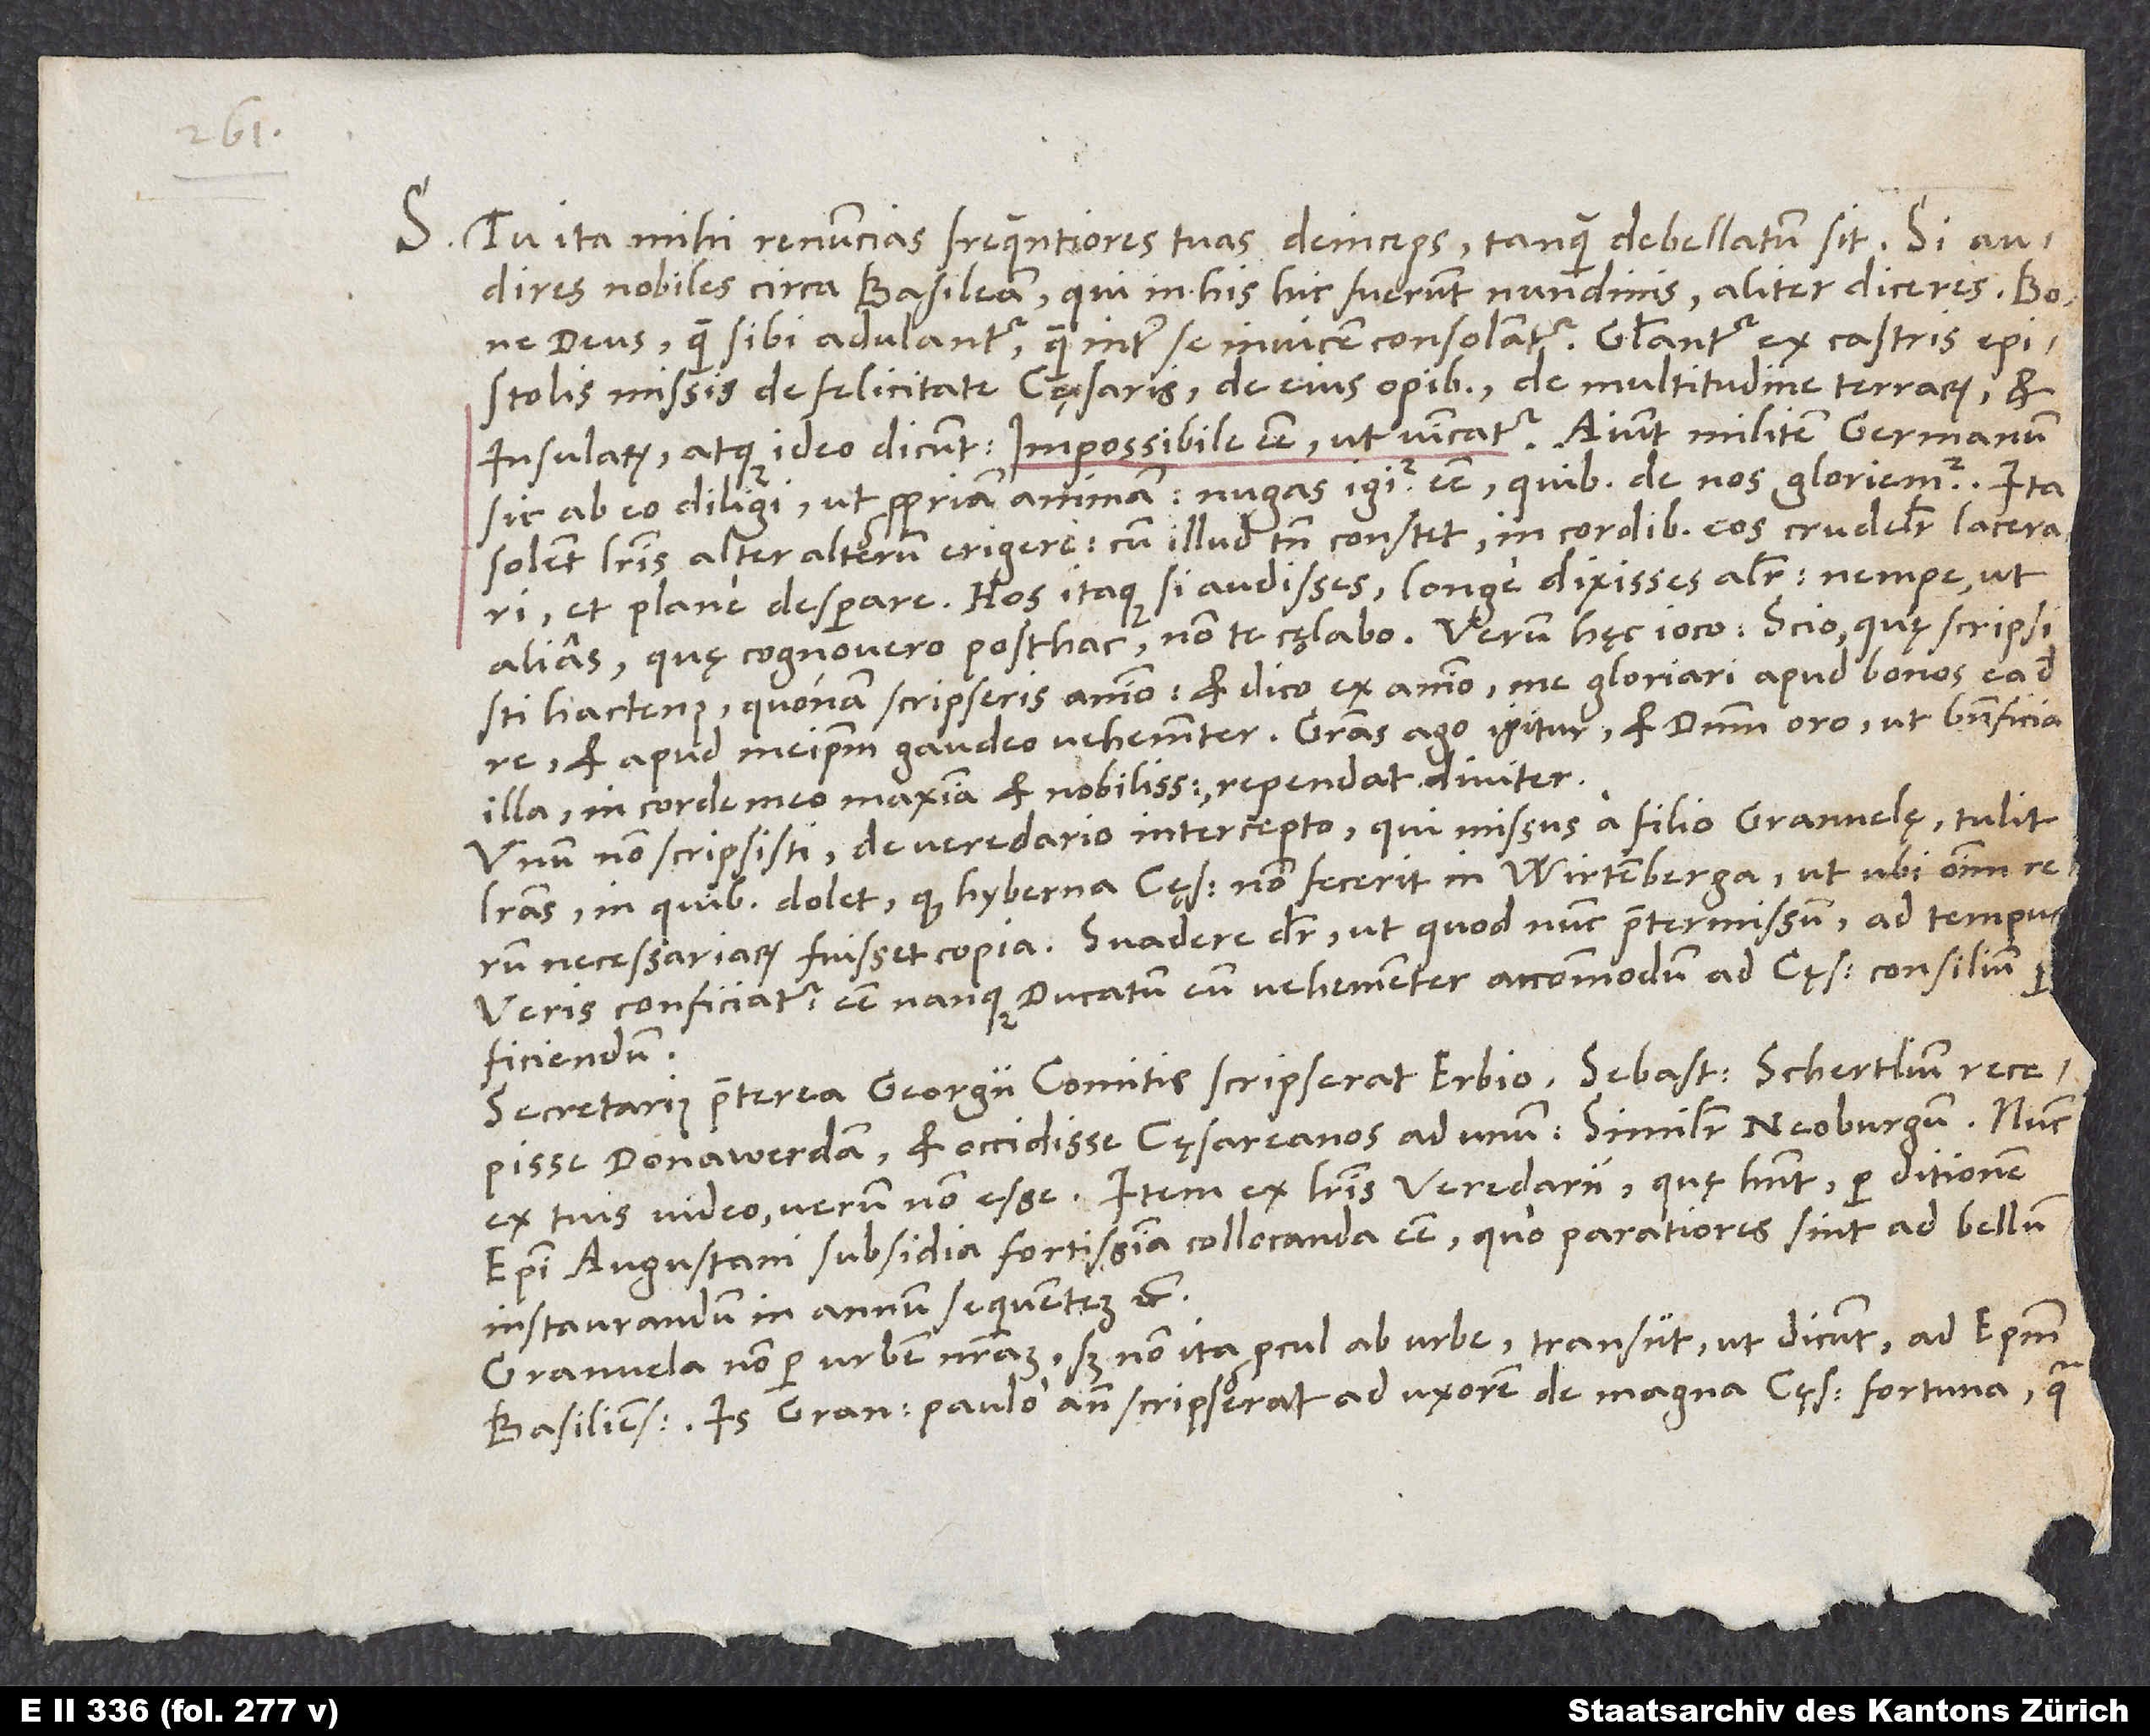
S. Tu ita mihi renuncias frequentiores tuas deinceps, tanquam debellatum sit!
audires nobiles circa Basileam, qui in his hic fuerunt nundinis, aliter diceres. Bone
deus! Quam sibi adulantur! Quam inter se invicem consolantur! Gloriantur ex castris epistolis
missis de felicitate cęsaris, de eius opibus, de multitudine terrarum et
insularum, atque ideo dicunt: impossibile esse, ut vincatur. Aiunt militem Germanum
sic ab eo diligi ut propriam animam. Nugas igitur esse, quibus de nos gloriemur. Ita
solent literis alter alterum erigere, cum illud tamen constet: in cordibus eos crudeliter lacerari
alias. Quę cognovero posthac, non te cęlabo. Verum hęc ioco! Scio, quę scripsisti
hactenus, quonam scripseris animo; et dico ex animo me gloriari apud bonos ea de
et apud meipsum gaudeo vehementer. Gratias ago igitur, et dominum oro, ut beneficia
illa, in corde meo maxima et nobilissima, rependat diviter!
Unum non scripsisti: De veredario intercepto, qui missus a filio Granvelę tulit
literas, in quibus dolet, quod hyberna cęsar non fecerit in Wirtemberga ut ubi omnium rerum
necessariarum fuisset copia. Suadere dicitur, ut, quod nunc praetermissum, ad tempus
veris conficiatur; esse nanque ducatum eum vehementer accommodum ad cęsaris consilium
perficiendum.
Secretarius praeterea Georgii comitis scripserat Erbio Sebastianum Schertlium recepisse
Donawerdam et occidisse cęsareanos ad unum; similiter Neoburgum. Nunc
ex tuis video verum non esse. Item ex literis veredarii, quę habent per ditionem
episcopi Augustani subsidia fortissima collocanda esse, quo paratiora sint ad bellum
instaurandum in annum sequentem, etc.
Granvela non per urbem nostram, sed non ita procul ab urbe transiit, ut dicunt, ad episcopum
Basiliensem. Is Granvela paulo ante scripserat ad uxorem de magna cęsaris fortuna, qua